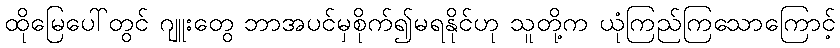
ထိုမြေပေါ်တွင် ဂျူးတွေ ဘာအပင်မှစိုက်၍မရနိုင်ဟု သူတို့က ယုံကြည်ကြသောကြောင့်